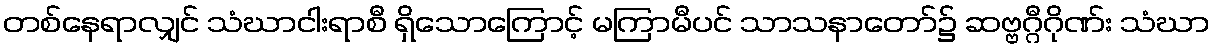
တစ်နေရာလျှင် သံဃာငါးရာစီ ရှိသောကြောင့် မကြာမီပင် သာသနာတော်၌ ဆဗ္ဗဂ္ဂီဂိုဏ်း သံဃာ